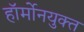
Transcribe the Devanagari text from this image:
हॉर्मोनयुक्त